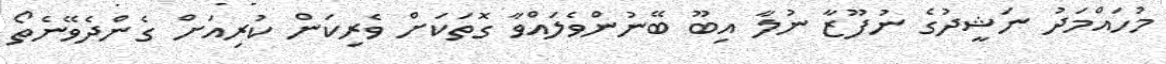
މުހައްމަދު ނަޝީދުގެ ނުފޫޒާ ނުލާ އިބޫ ބޭނުންވެލައްވާ ގޮތަކަށް ވެރިކަން ކުރިއަށް ގެންދެވޭނެތޯ